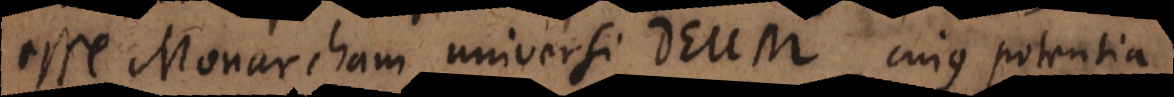
esse Monarcham universi Deum, cujus potentia